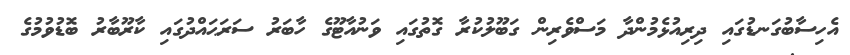
އެހިސާބުގަނޑުގައި ދިރިއުޅެމުންދާ މަސްވެރިން ގަބޫލުކުރާ ގޮތުގައި ވަނުއާޓޫގެ ހާބަރު ސަރަޙައްދުގައި ކާރޫބާރު ބޮޑުވުމުގެ